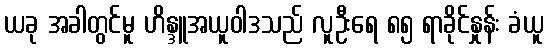
ယခု အခါတွင်မူ ဟိန္ဒူအယူဝါဒသည် လူဦးရေ ၈၅ ရာခိုင်နှုန်း ခံယူ